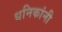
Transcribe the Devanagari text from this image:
धनिकांनी